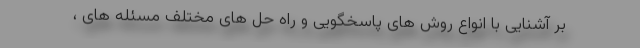
بر آشنایی با انواع روش های پاسخگویی و راه حل های مختلف مسئله های ،